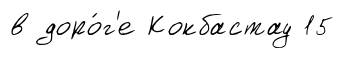
в доро́г'е Кокбастау 15